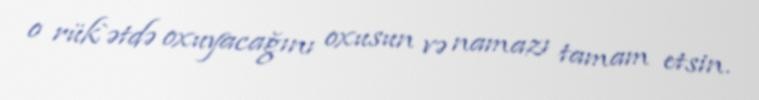
o rük`ətdə oxuyacağını oxusun və namazı tamam etsin.